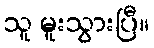
သူ မူးသွားပြီ။